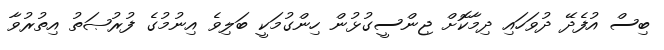
ބިސް އުފެދޭ ދުވަހައި ދިމާކޮށް ޖިންސީގުޅުން ހިންގުމަކީ ބަލިވެ އިނުމުގެ ފުރުޞަތު އިތުރުވާ